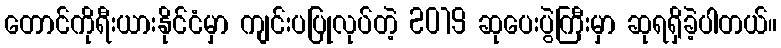
တောင်ကိုရီးယားနိုင်ငံမှာ ကျင်းပပြုလုပ်တဲ့ 2019 ဆုပေးပွဲကြီးမှာ ဆုရရှိခဲ့ပါတယ်။